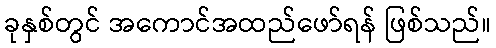
ခုနှစ်တွင် အကောင်အထည်ဖော်ရန် ဖြစ်သည်။